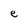
Character: e